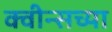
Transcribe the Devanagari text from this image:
क्वीन्सच्या